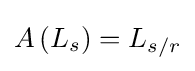
A\left(L_{s}\right)=L_{s/r}